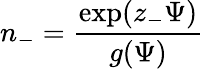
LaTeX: n_{-}=\frac{\exp(z_{-}\Psi)}{g(\Psi)}